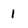
Character: 1